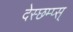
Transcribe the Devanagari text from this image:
देस्छम्प्स्